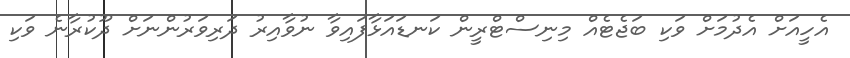
އެހީއަށް އެދުމަށް ވަކި ބަޖެޓެއް މިނިސްޓްރީން ކަނޑައަޅާފައިވާ ނުވާއިރު ދަރިވަރުންނަށް ދޫކުރާނެ ވަކި